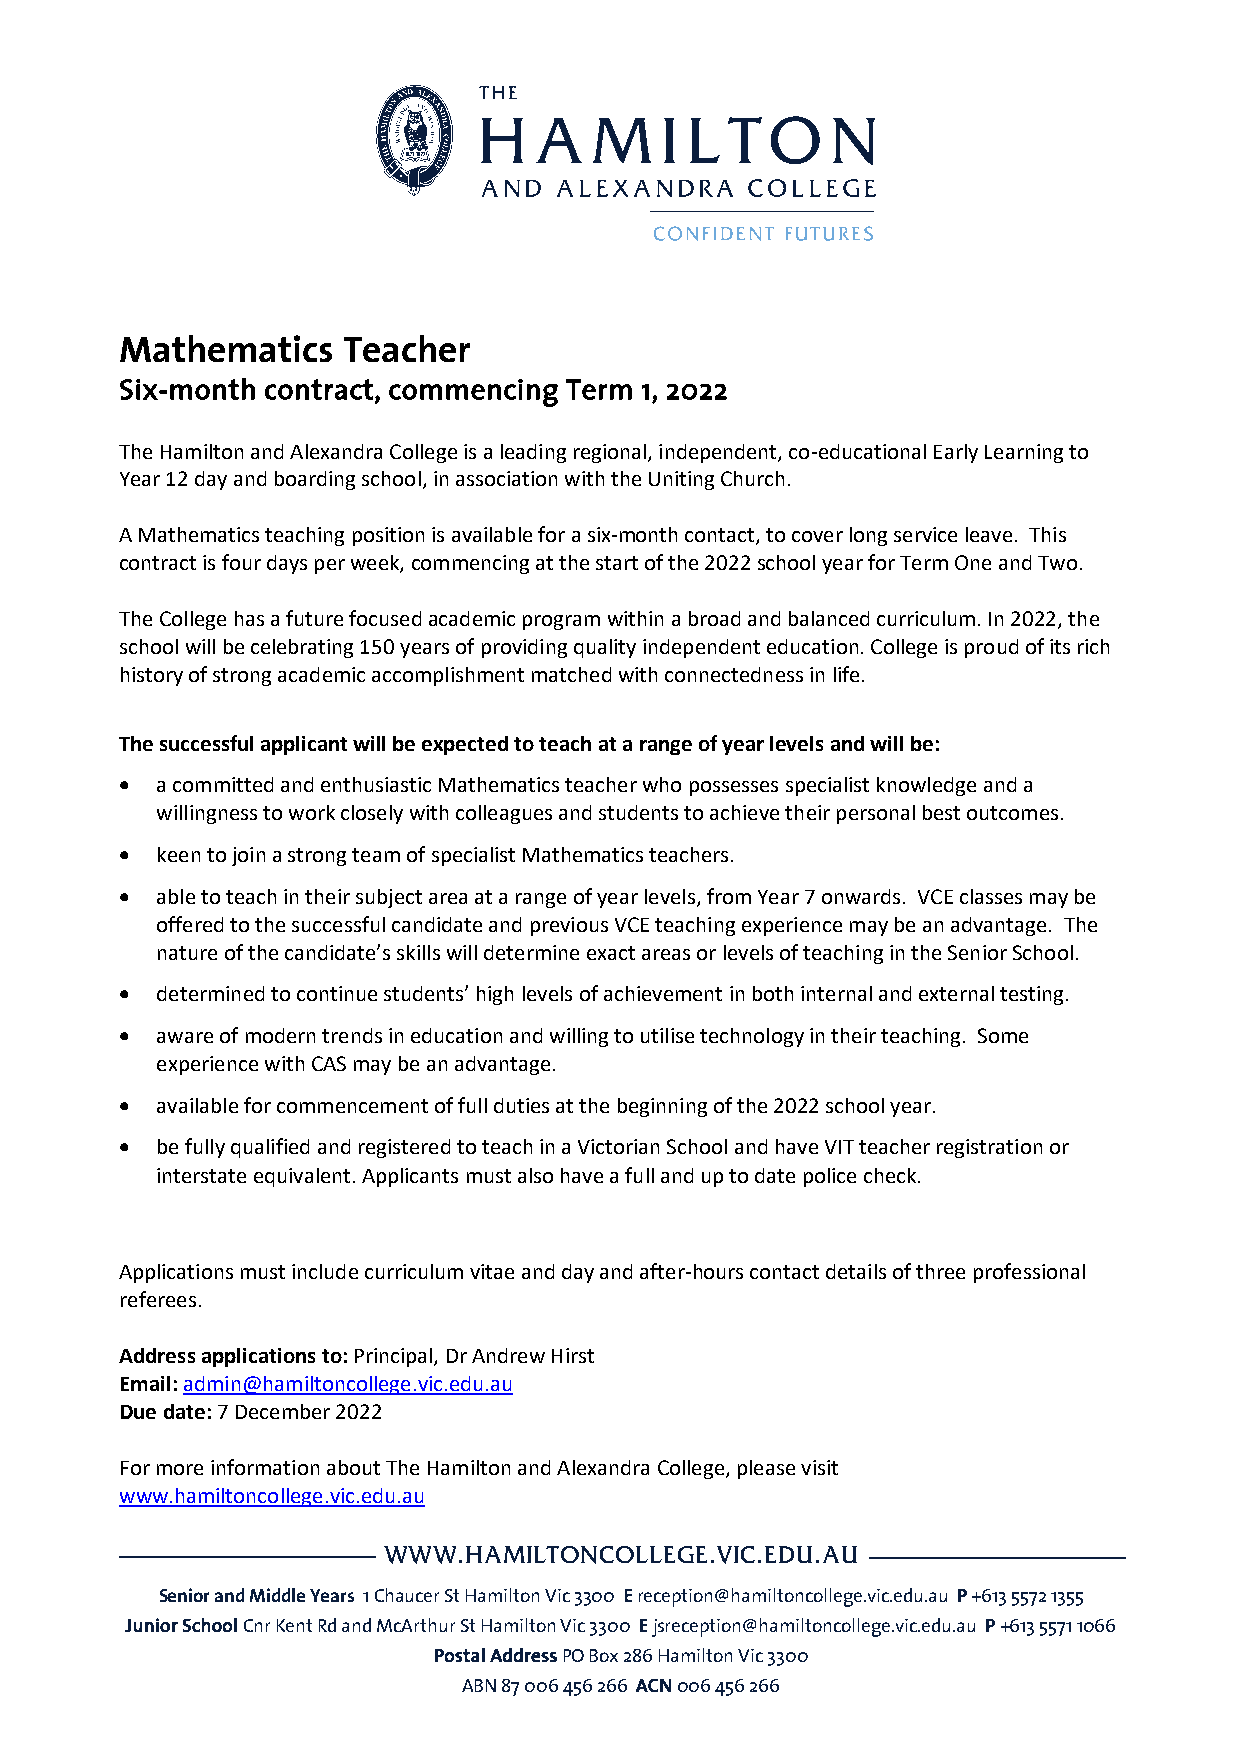
Mathematics    Teacher
 Six-month contract, commencing Term 1, 2022
 The Hamilton and Alexandra College is a leading regional, independent, co-educational Early Learning to
 Year 12 day and boarding school, in association with the Uniting Church.
 A Mathematics teaching position is available for a six-month contact, to cover long service leave. This
 contract is four days per week, commencing at the start of the 2022 school year for Term One and Two.
 The College has a future focused academic program within a broad and balanced curriculum. In 2022, the
 school will be celebrating 150 years of providing quality independent education. College is proud of its rich
 history of strong academic accomplishment matched with connectedness in life.
 The successful applicant will be expected to teach at a range of year levels and will be:
 • a committed and enthusiastic Mathematics teacher who possesses specialist knowledge and a
 willingness to work closely with colleagues and students to achieve their personal best outcomes.
 • keen to join a strong team of specialist Mathematics teachers.
 • able to teach in their subject area at a range of year levels, from Year 7 onwards. VCE classes may be
 offered to the successful candidate and previous VCE teaching experience may be an advantage. The
 nature of the candidate’s skills will determine exact areas or levels of teaching in the Senior School.
 • determined to continue students’ high levels of achievement in both internal and external testing.
 • aware of modern trends in education and willing to utilise technology in their teaching. Some
 experience with CAS may be an advantage.
 • available for commencement of full duties at the beginning of the 2022 school year.
 • be fully qualified and registered to teach in a Victorian School and have VIT teacher registration or
 interstate equivalent. Applicants must also have a full and up to date police check.
 Applications must include curriculum vitae and day and after-hours contact details of three professional
 referees.
 Address applications to: Principal, Dr Andrew Hirst
 Email: admin@hamiltoncollege.vic.edu.au
 Due date: 7 December 2022
 For more information about The Hamilton and Alexandra College, please visit
 www.hamiltoncollege.vic.edu.au
 WWW.HAMILTONCOLLEGE.VIC.EDU.AU
 Senior and Middle Years 1 Chaucer St Hamilton Vic 3300 E reception@hamiltoncollege.vic.edu.au P +613 5572 1355
 Junior School Cnr Kent Rd and McArthur St Hamilton Vic 3300 E jsreception@hamiltoncollege.vic.edu.au P +613 5571 1066
 Postal Address PO Box 286 Hamilton Vic 3300
 ABN 87 006 456 266 ACN 006 456 266